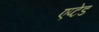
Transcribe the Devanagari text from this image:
एप्टेड